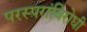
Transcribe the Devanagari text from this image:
परस्परांविरोधी